Proceedings of the meeting of veterinary officers in India
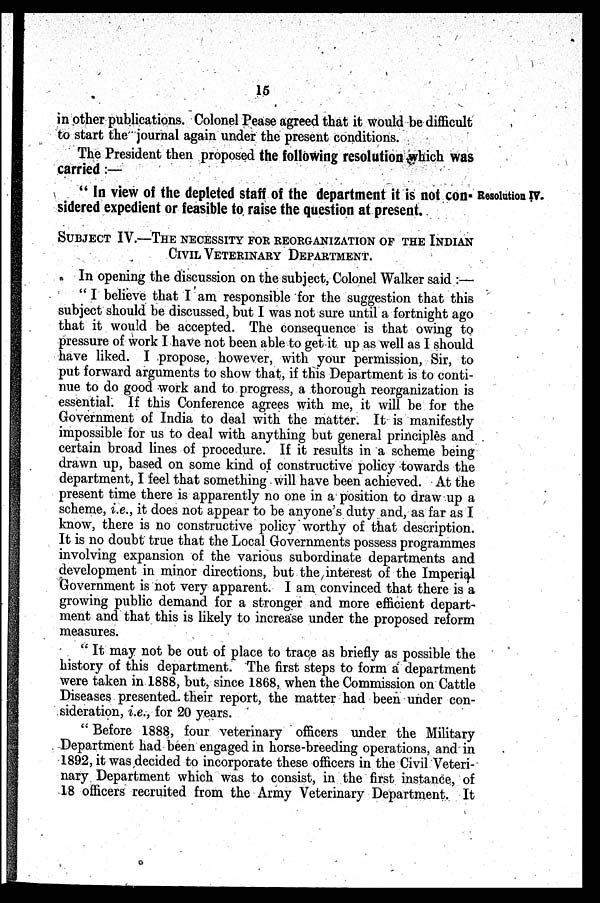
15
in other publications. Colonel Pease agreed that it would be difficult
to start the journal again under the present conditions.
The President then proposed the following resolution which was
carried :—
Resolution IV.
" In view of the depleted staff of the department it is not con-
sidered expedient or feasible to raise the question at present.
SUBJECT IV.—THE NECESSITY FOR REORGANIZATION OF THE INDIAN
CIVIL VETERINARY DEPARTMENT.
In opening the discussion on the subject, Colonel Walker said :—
" I believe that I am responsible for the suggestion that this
subject should be discussed, but I was not sure until a fortnight ago
that it would be accepted. The consequence is that owing to
pressure of work I have not been able to get it up as well as I should
have liked. I propose, however, with your permission, Sir, to
put forward arguments to show that, if this Department is to conti-
nue to do good work and to progress, a thorough reorganization is
essential. If this Conference agrees with me, it will be for the
Government of India to deal with the matter. It is manifestly
impossible for us to deal with anything but general principles and
certain broad lines of procedure. If it results in a scheme being
drawn up, based on some kind of constructive policy towards the
department, I feel that something will have been achieved. At the
present time there is apparently no one in a position to draw up a
scheme, i.e., it does not appear to be anyone's duty and, as far as I
know, there is no constructive policy worthy of that description.
It is no doubt true that the Local Governments possess programmes
involving expansion of the various subordinate departments and
development in minor directions, but the interest of the Imperial
Government is not very apparent. I am convinced that there is a
growing public demand for a stronger and more efficient depart-
ment and that this is likely to increase under the proposed reform
measures.
" It may not be out of place to trace as briefly as possible the
history of this department. The first steps to form a department
were taken in 1888, but, since 1868, when the Commission on Cattle
Diseases presented their report, the matter had been under con-
sideration, i.e., for 20 years.
" Before 1888, four veterinary officers under the Military
Department had been engaged in horse-breeding operations, and in
1892, it was decided to incorporate these officers in the Civil Veteri-
nary Department which was to consist, in the first instance, of
18 officers recruited from the Army Veterinary Department. It